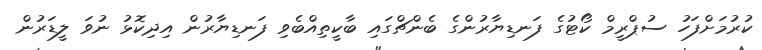
ކުރުމަށްފަހު ސުޕްރީމް ކޯޓުގެ ފަނޑިޔާރުންގެ ބެންޗްގައި ބާކީތިއްބެވި ފަނޑިޔާރުން އިދިކޮޅު ނުވަ ލީޑަރުން